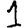
Digit: 1